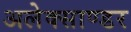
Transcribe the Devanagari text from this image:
अलेक्साण्डर